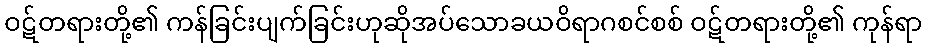
ဝဋ်တရားတို့၏ ကန်ခြင်းပျက်ခြင်းဟုဆိုအပ်သောခယဝိရာဂစင်စစ် ဝဋ်တရားတို့၏ ကုန်ရာ